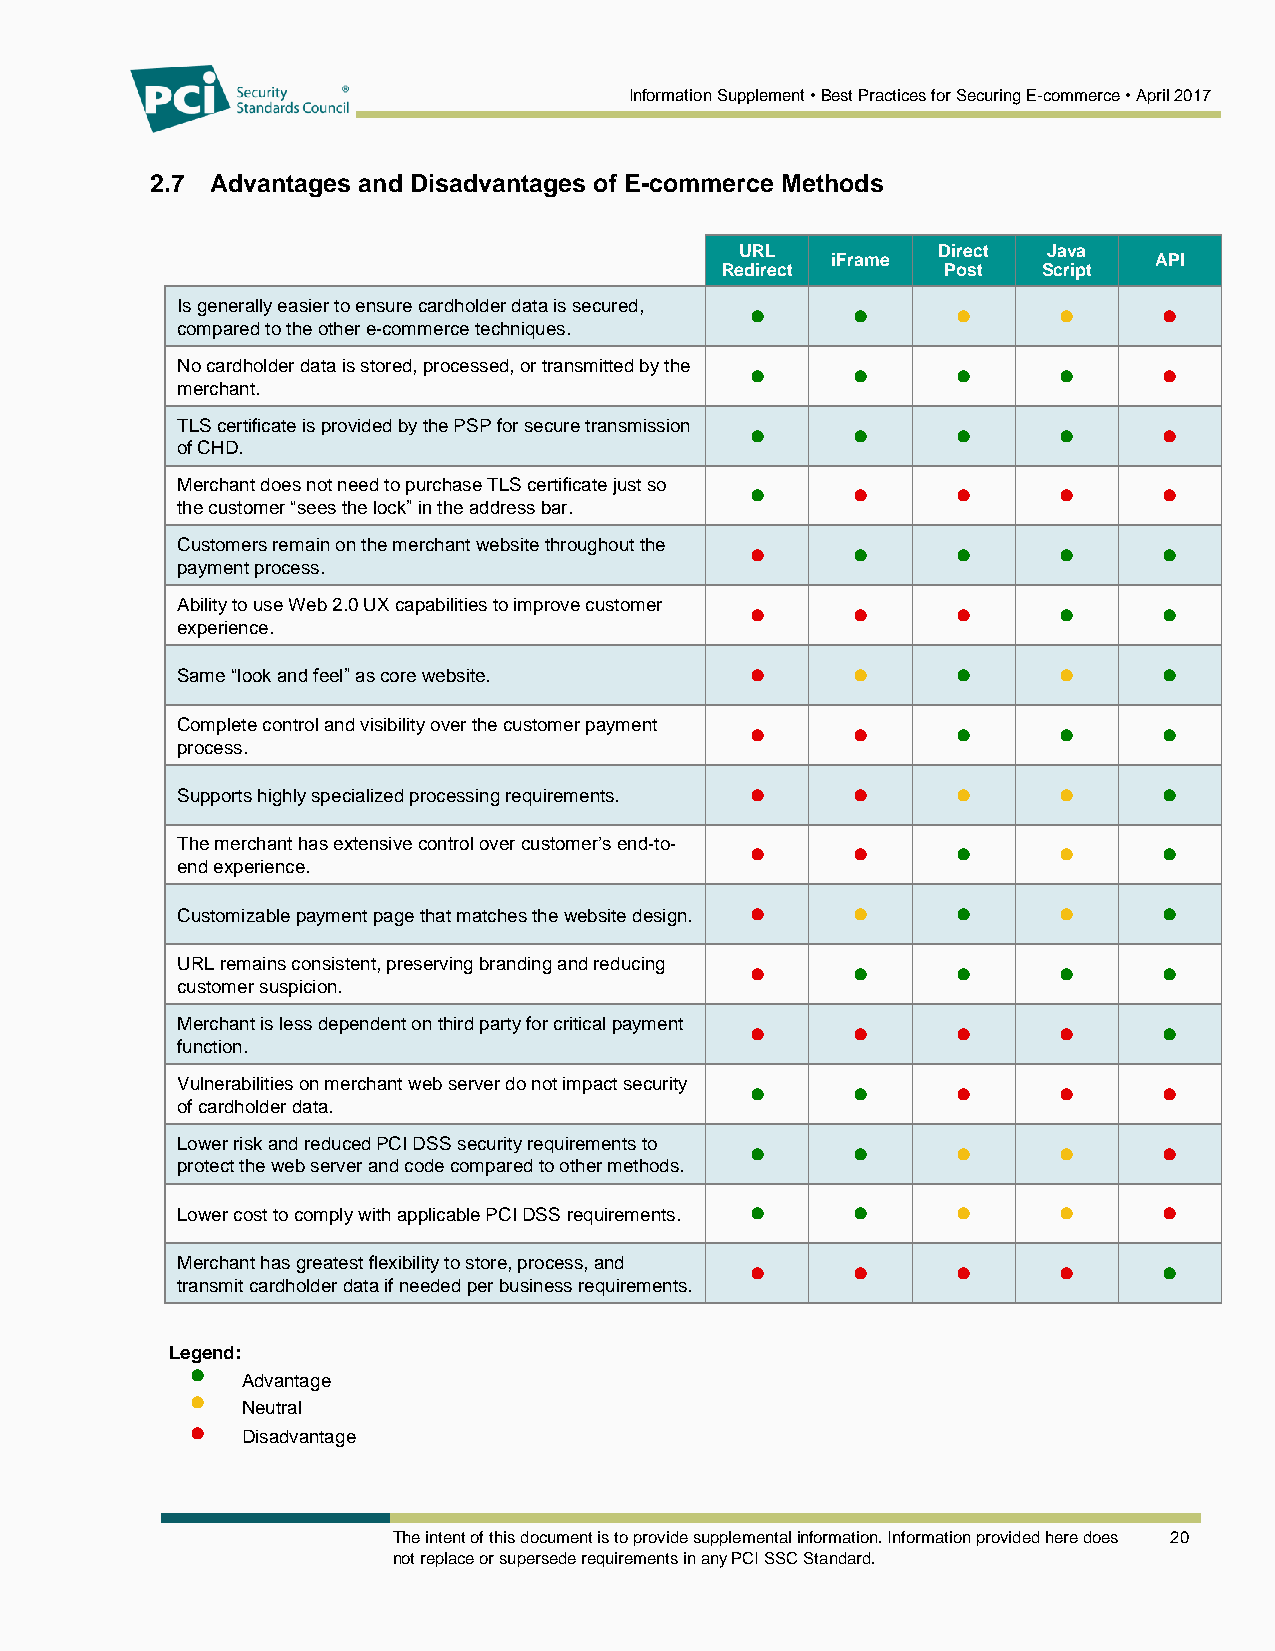
Information Supplement • Best Practices for Securing E-commerce • April 2017
 2.7 Advantages and Disadvantages of E-commerce Methods
 URL          Direct Java
 iFrame               API
 Redirect       Post  Script
 Is generally easier to ensure cardholder data is secured, • • • • •
 compared to the other e-commerce techniques.
 No cardholder data is stored, processed, or transmitted by the • • • • •
 merchant.
 TLS certificate is provided by the PSP for secure transmission • • • • •
 of CHD.
 Merchant does not need to purchase TLS certificate just so • • • • •
 the customer “sees the lock” in the address bar.
 Customers remain on the merchant website throughout the • • • •  •
 payment process.
 Ability to use Web 2.0 UX capabilities to improve customer • • • • •
 experience.
 •     •      •      •      •
 Same “look and feel” as core website.
 Complete control and visibility over the customer payment • • • • •
 process.
 •     •      •      •      •
 Supports highly specialized processing requirements.
 The merchant has extensive control over customer’s end-to- • • • • •
 end experience.
 •     •      •      •      •
 Customizable payment page that matches the website design.
 URL remains consistent, preserving branding and reducing • • • • •
 customer suspicion.
 Merchant is less dependent on third party for critical payment • • • • •
 function.
 Vulnerabilities on merchant web server do not impact security • • • • •
 of cardholder data.
 Lower risk and reduced PCI DSS security requirements to • • • •  •
 protect the web server and code compared to other methods.
 •     •      •      •      •
 Lower cost to comply with applicable PCI DSS requirements.
 Merchant has greatest flexibility to store, process, and • • • • •
 transmit cardholder data if needed per business requirements.
 Legend:
 •
 Advantage
 •
 Neutral
 •
 Disadvantage
 The intent of this document is to provide supplemental information. Information provided here does 20
 not replace or supersede requirements in any PCI SSC Standard.